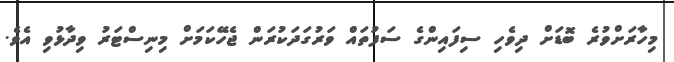
މިހާރަށްވުރެ ބޮޑަށް ދިވެހި ސިފައިންގެ ސަފުތައް ވަރުގަދަކުރަން ޖެހޭކަމަށް މިނިސްޓަރު ވިދާޅުވި އެވެ.